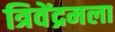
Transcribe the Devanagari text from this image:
त्रिवेंद्रमला